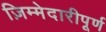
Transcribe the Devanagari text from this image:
ज़िम्मेदारीपूर्ण